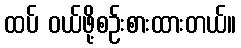
ထပ် ဝယ်ဖို့စဉ်းစားထားတယ်။